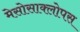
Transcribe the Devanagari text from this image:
मेसोसाक्लोपस